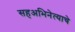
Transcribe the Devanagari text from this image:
सहअभिनेत्याचे